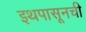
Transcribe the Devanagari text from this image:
इथपासूनची